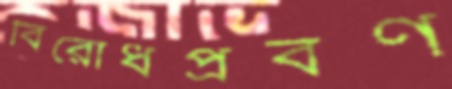
বিরোধপ্রবণ